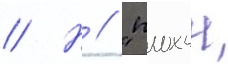
// Н // "плохои